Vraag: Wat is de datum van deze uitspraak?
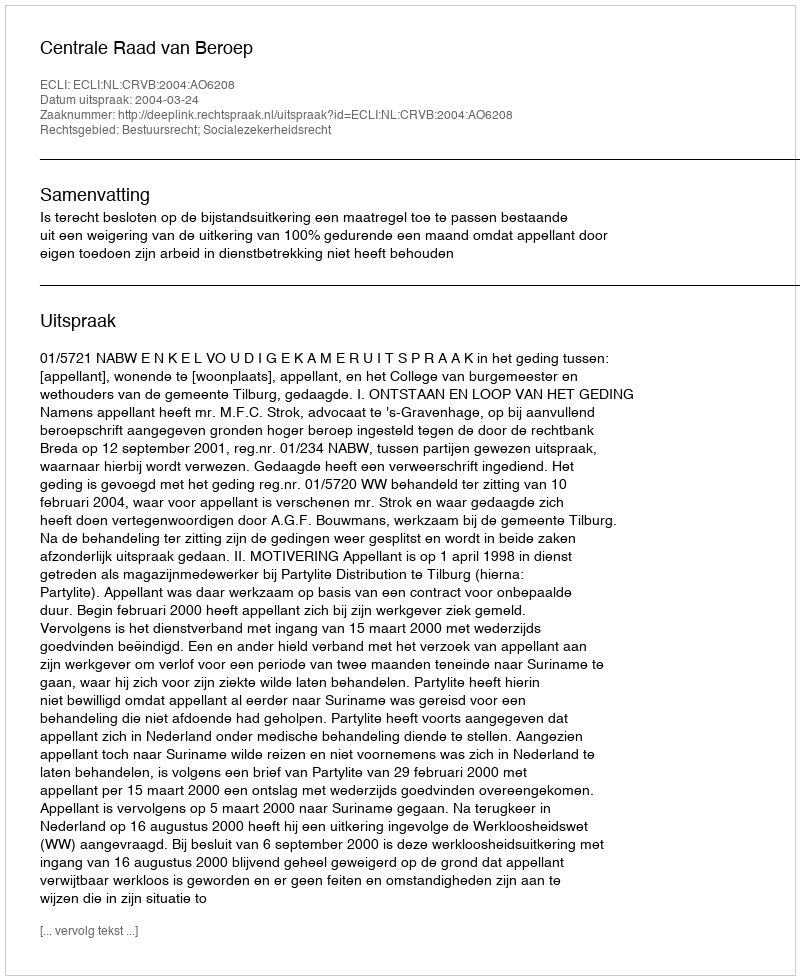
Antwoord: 2004-03-24